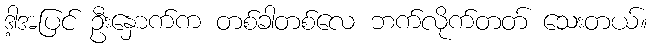
ဒါ့အပြင် ဦးနှောက်က တစ်ခါတစ်လေ ဘက်လိုက်တတ် သေးတယ်။